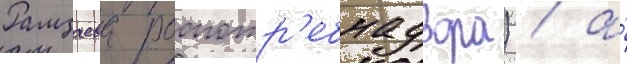
Рамзаева роспотр'ебнадзора) / а́